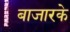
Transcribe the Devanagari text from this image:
बाजारके